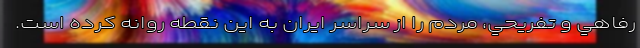
رفاهي و تفريحي، مردم را از سراسر ايران به اين نقطه روانه كرده است.